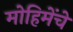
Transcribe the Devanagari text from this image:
मोहिमेंचे